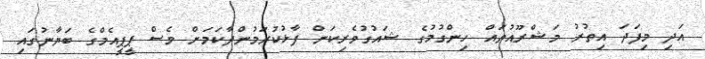
އަދި މިފަދަ އިތުރު މަޝްރޫއުތައް ހިންގުމުގެ ޝައުގުވެރިކަން ފާޅުކުރަމުންދާކަމަށް ވެސް ޕީޕީއެމްގެ ބަޔާނުގައި